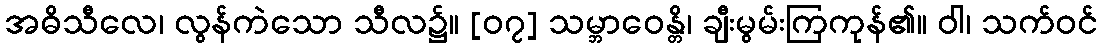
အဓိသီလေ၊ လွန်ကဲသော သီလ၌။ [၀၇] သမ္ဘာဝေန္တိ၊ ချီးမွမ်းကြကုန်၏။ ဝါ၊ သက်ဝင်